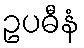
ဥပဓီနံ